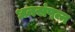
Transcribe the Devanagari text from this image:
धनसंपन्न